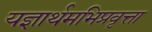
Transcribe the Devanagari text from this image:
यज्ञार्थमभिप्रवृत्ता